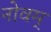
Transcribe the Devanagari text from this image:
नोवम्